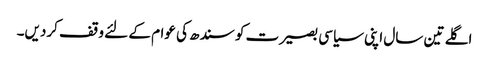
اگلے تین سال اپنی سیاسی بصیرت کو سندھ کی عوام کے لئے وقف کردیں۔